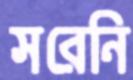
সরেনি